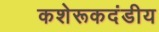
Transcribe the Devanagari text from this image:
कशेरूकदंडीय